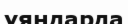
ұяңдарда